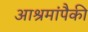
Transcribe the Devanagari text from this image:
आश्रमांपैकी